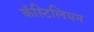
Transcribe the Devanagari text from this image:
कॅस्टिलियन